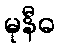
မုနီဓ